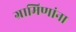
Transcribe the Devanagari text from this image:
ग्रामिणांना